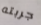
جربته